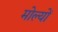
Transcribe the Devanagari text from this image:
मोल्यों